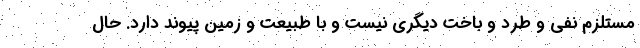
مستلزم نفی و طرد و باخت دیگری نیست و با طبیعت و زمین پیوند دارد. حال